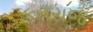
કતરાજ